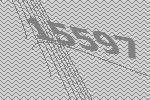
15597